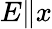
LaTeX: E\| x